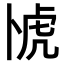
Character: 𫧰